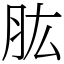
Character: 肱